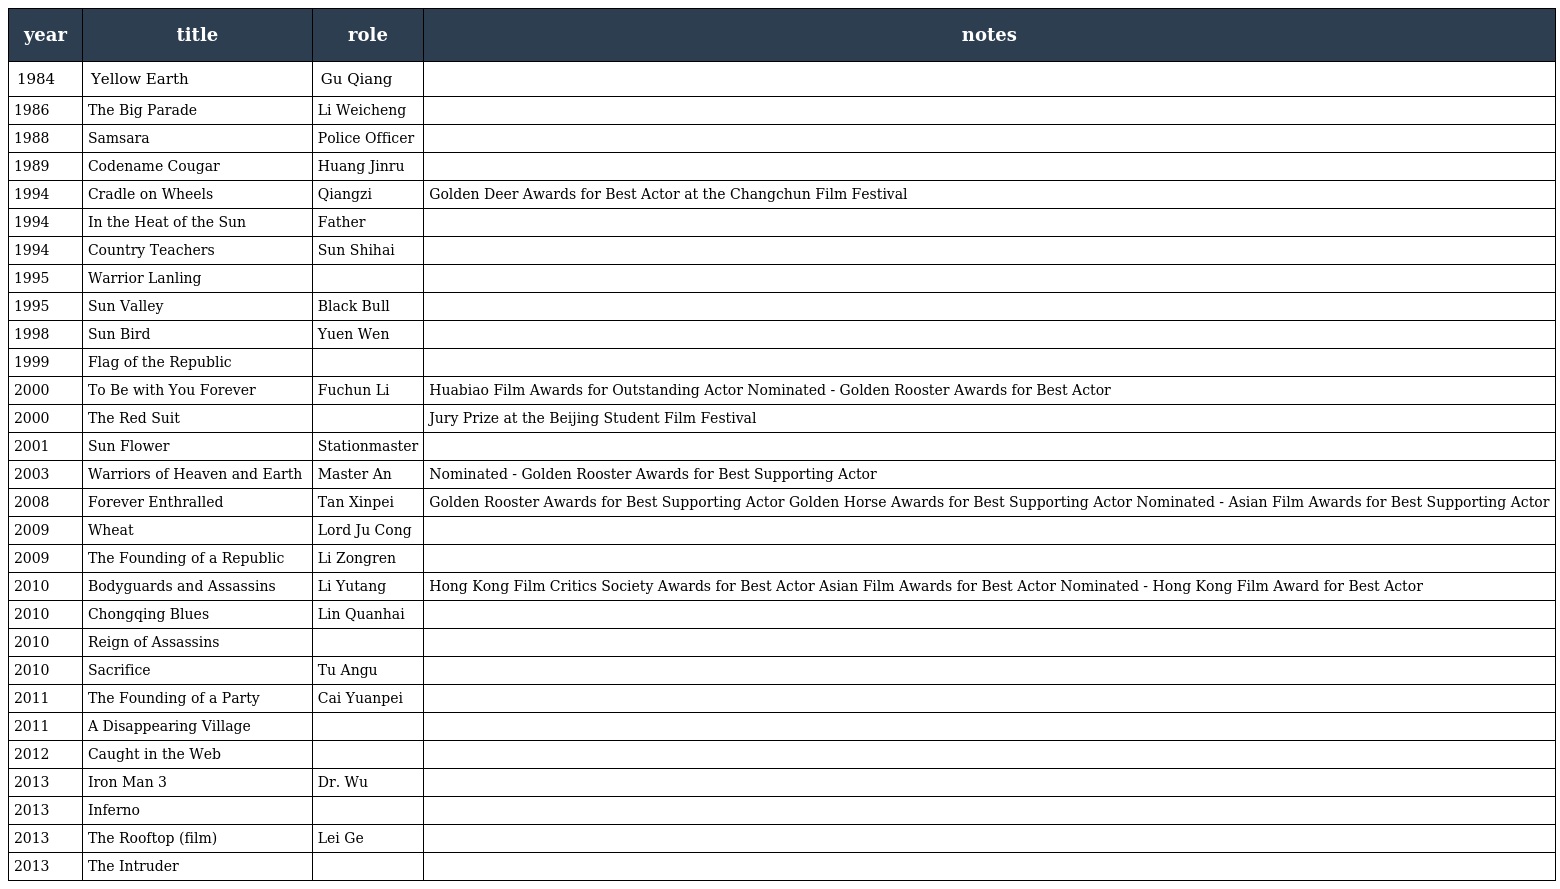
| year | title | role | notes |
 | --- | --- | --- | --- |
 | 1984 | Yellow Earth 黄土地 | Gu Qiang |  |
 | 1986 | The Big Parade 大阅兵 | Li Weicheng |  |
 | 1988 | Samsara 轮回 | Police Officer |  |
 | 1989 | Codename Cougar 代號美洲豹 | Huang Jinru |  |
 | 1994 | Cradle on Wheels 带轱辘的摇篮 | Qiangzi | Golden Deer Awards for Best Actor at the Changchun Film Festival |
 | 1994 | In the Heat of the Sun 阳光灿烂的日子 | Father |  |
 | 1994 | Country Teachers 凤凰琴 | Sun Shihai |  |
 | 1995 | Warrior Lanling 兰陵王 |  |  |
 | 1995 | Sun Valley 日光峡谷 | Black Bull |  |
 | 1998 | Sun Bird 太阳鸟 | Yuen Wen |  |
 | 1999 | Flag of the Republic 共和国之旗 |  |  |
 | 2000 | To Be with You Forever 相伴永远 | Fuchun Li | Huabiao Film Awards for Outstanding Actor Nominated - Golden Rooster Awards for Best Actor |
 | 2000 | The Red Suit 红西服 |  | Jury Prize at the Beijing Student Film Festival |
 | 2001 | Sun Flower 葵花劫 | Stationmaster |  |
 | 2003 | Warriors of Heaven and Earth 天地英雄 | Master An | Nominated - Golden Rooster Awards for Best Supporting Actor |
 | 2008 | Forever Enthralled 梅蘭芳 | Tan Xinpei | Golden Rooster Awards for Best Supporting Actor Golden Horse Awards for Best Supporting Actor Nominated - Asian Film Awards for Best Supporting Actor |
 | 2009 | Wheat 麦田 | Lord Ju Cong |  |
 | 2009 | The Founding of a Republic 建國大業 | Li Zongren |  |
 | 2010 | Bodyguards and Assassins 十月圍城 | Li Yutang | Hong Kong Film Critics Society Awards for Best Actor Asian Film Awards for Best Actor Nominated - Hong Kong Film Award for Best Actor |
 | 2010 | Chongqing Blues | Lin Quanhai |  |
 | 2010 | Reign of Assassins |  |  |
 | 2010 | Sacrifice 赵氏孤儿 | Tu Angu |  |
 | 2011 | The Founding of a Party 建党伟业 | Cai Yuanpei |  |
 | 2011 | A Disappearing Village |  |  |
 | 2012 | Caught in the Web |  |  |
 | 2013 | Iron Man 3 | Dr. Wu |  |
 | 2013 | Inferno |  |  |
 | 2013 | The Rooftop (film) | Lei Ge |  |
 | 2013 | The Intruder |  |  |